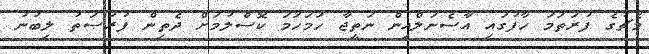
މެޗުގެ ފުރަތަމަ ހާފުގައި އާސެނަލްއިން ނަތީޖާ ހަމަހަމަ ކޮސްލުމަށް ދެތިން ފުރުޞަތު ލިބުނު